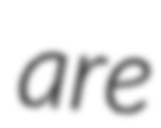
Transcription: are